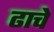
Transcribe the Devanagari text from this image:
ढाचे